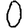
Digit: 0